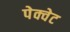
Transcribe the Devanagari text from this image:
पेक्वेट